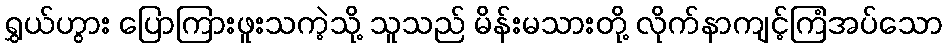
ရွှယ်ဟွား ပြောကြားဖူးသကဲ့သို့ သူသည် မိန်းမသားတို့ လိုက်နာကျင့်ကြံအပ်သော